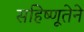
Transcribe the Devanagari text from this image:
सहिष्णूतेने